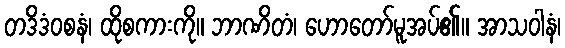
တဒိဒံဝစနံ၊ ထိုစကားကို။ ဘာဏိတံ၊ ဟောတော်မူအပ်၏။ အာသဝါနံ၊